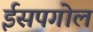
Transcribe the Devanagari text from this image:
ईसपगोल